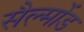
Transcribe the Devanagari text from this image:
सैल्मोंड